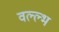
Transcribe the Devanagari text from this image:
वल्ल्भ